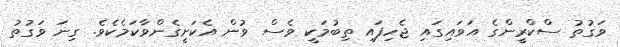
ވަގުތު ސްކްރީންގެ އަވައިގައި ޖެހިފައި ތިބުމަކީ ވެސް ވުން އެކަށީގެންވާކަމެކެވެ. ގިނަ ވަގުތު